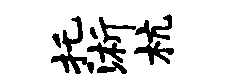
托浙杭